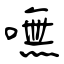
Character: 嘸